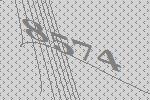
8574